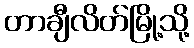
တာချီလိတ်မြို့သို့